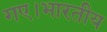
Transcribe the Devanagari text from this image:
गए।भारतीय